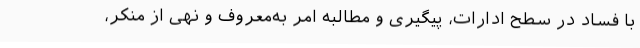
با فساد در سطح ادارات، پیگیری و مطالبه امر به‌معروف و نهی از منکر،